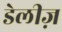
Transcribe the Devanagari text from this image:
डेलीज़